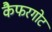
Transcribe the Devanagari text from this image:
कैफरगोट